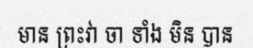
មាន ព្រះវា ចា ទាំង មិន បាន